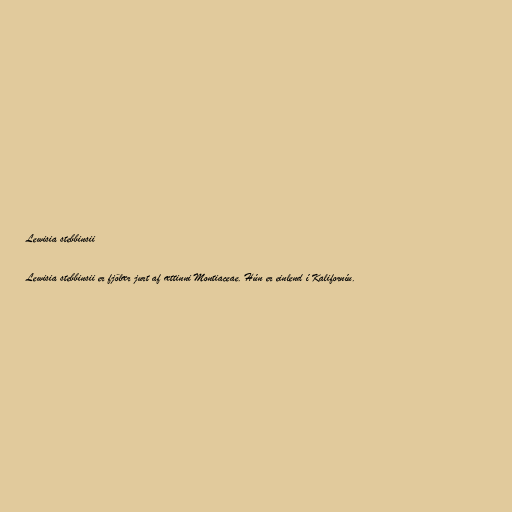
Lewisia stebbinsii

Lewisia stebbinsii er fjölær jurt af ættinni Montiaceae. Hún er einlend í Kaliforníu.